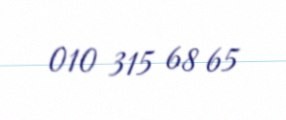
010 315 68 65